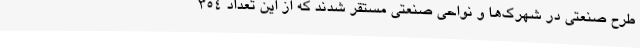
طرح صنعتی در شهرک‌ها و نواحی صنعتی مستقر شدند که از این تعداد 354